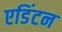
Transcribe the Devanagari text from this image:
एडिंटन